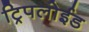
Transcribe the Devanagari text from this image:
ट्रिपलोईड